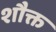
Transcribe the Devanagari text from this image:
शौक्त